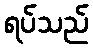
ရပ်သည်